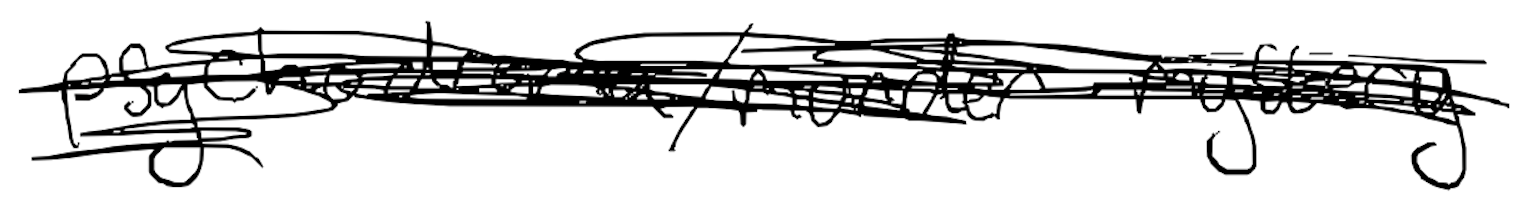
Text: psychodrama/murder-mystery
Cross-out: scratch
Writing tool: digital_black